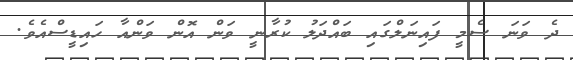
ދެ ވަނަ ސެމީ ފައިނަލްގައި ބައްދަލު ކުރާނީ ވަން އޮން ވަންއާ ހައިޑީސްއެވެ.